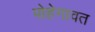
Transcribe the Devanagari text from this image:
पोहेगावत